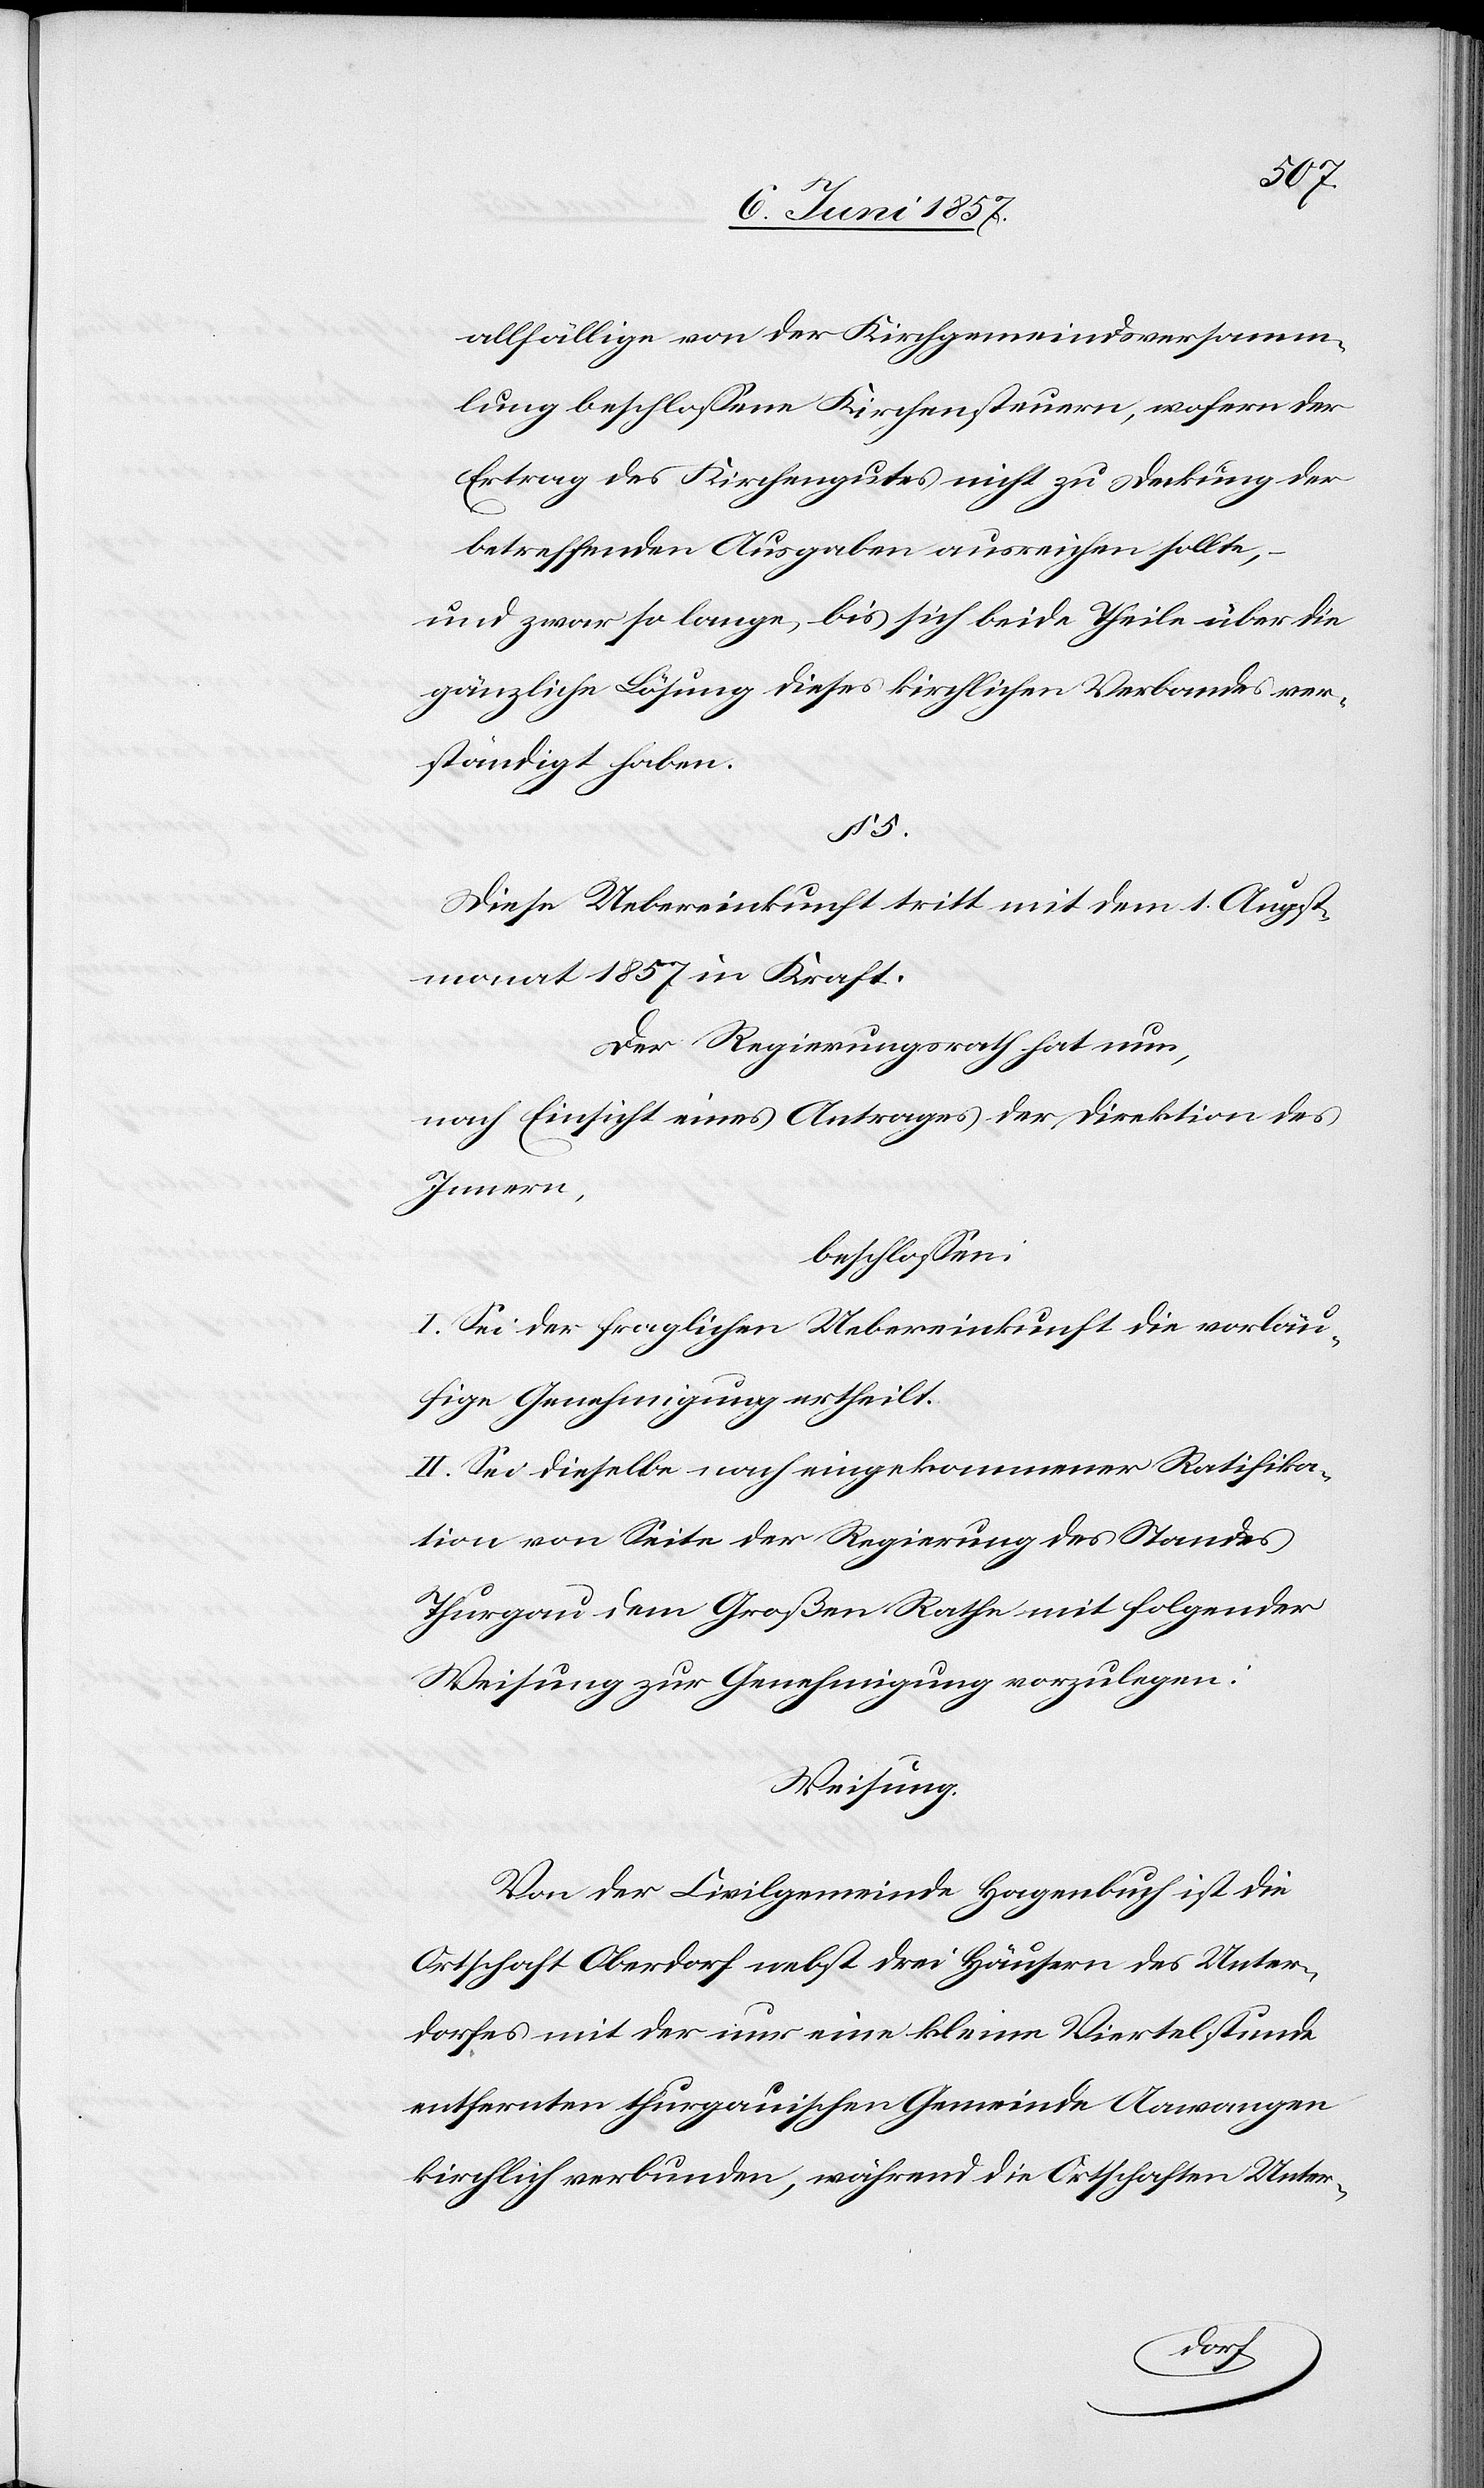
5.
allfällige von der Kirchgemeindsversamm¬
lung beschlossene Kirchensteuern, wofern der
Ertrag des Kirchengutes nicht zu Deckung der
betreffenden Ausgaben ausreichen sollte,
und zwar so lange bis sich beide Theile über die
gänzliche Lösung dieses kirchlichen Verbandes ver¬
ständigt haben.
Diese Uebereinkunft tritt mit dem 1 Augst¬
monat 1857 in Kraft.
Der Regierungsrath hat nun,
nach Einsicht eines Antrages der Direktion des
Innern,
beschlossen:
I. Sei der fraglichen Uebereinkunft die vorläu¬
fige Genehmigung ertheilt.
II. Sei dieselbe nach eingekommener Ratifika¬
tion von Seite der Regierung des Standes
Thurgau dem Großen Rathe mit folgender
Weisung zur Genehmigung vorzulegen:
Weisung.
Von der Civilgemeinde Hagenbuch ist die
Ortschaft Oberdorf nebst drei Häusern des Unter¬
dorfes mit der nur eine kleine Viertelstunde
entfernten thurgauischen Gemeinde Aawangen
kirchlich verbunden, während die Ortschaften Unter-